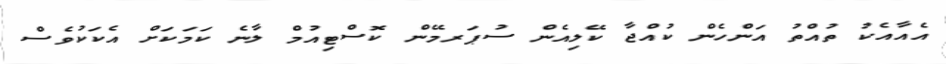
އެއާއެކު ތުއްތު އަންހެން ކުއްޖާ ކޭލިއެން ސުޕަރމޭން ކޮސްޓިއުމް ލާނެ ކަމަކަށް އެކަކުވެސް